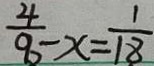
\frac { 4 } { 9 0 } - x = \frac { 1 } { 1 8 }